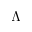
\ensuremath { \Lambda }